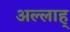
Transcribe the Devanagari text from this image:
अल्लाह्